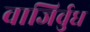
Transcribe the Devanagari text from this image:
वाजिर्वुध